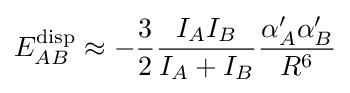
E_{AB}^{\rm {disp}}\approx -{3 \over 2}{I_{A}I_{B} \over I_{A}+I_{B}}{\alpha '_{A}\alpha '_{B} \over {R^{6}}}